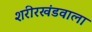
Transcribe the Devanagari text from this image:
शरीरखंडवाला